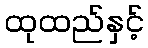
ထုထည်နှင့်